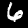
Digit: 6